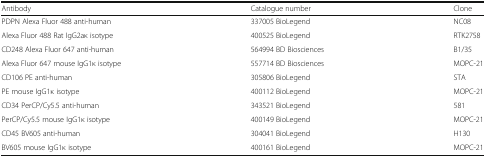
<table><thead><tr><td><b>Antibody</b></td><td><b>Catalogue number</b></td><td><b>Clone</b></td></tr></thead><tbody><tr><td>PDPN Alexa Fluor 488 anti-human</td><td>337005 BioLegend</td><td>NC08</td></tr><tr><td>Alexa Fluor 488 Rat IgG2aκ isotype</td><td>400525 BioLegend</td><td>RTK2758</td></tr><tr><td>CD248 Alexa Fluor 647 anti-human</td><td>564994 BD Biosciences</td><td>B1/35</td></tr><tr><td>Alexa Fluor 647 mouse IgG1κ isotype</td><td>557714 BD Biosciences</td><td>MOPC-21</td></tr><tr><td>CD106 PE anti-human</td><td>305806 BioLegend</td><td>STA</td></tr><tr><td>PE mouse IgG1κ isotype</td><td>400112 BioLegend</td><td>MOPC-21</td></tr><tr><td>CD34 PerCP/Cy5.5 anti-human</td><td>343521 BioLegend</td><td>581</td></tr><tr><td>PerCP/Cy5.5 mouse IgG1κ isotype</td><td>400149 BioLegend</td><td>MOPC-21</td></tr><tr><td>CD45 BV605 anti-human</td><td>304041 BioLegend</td><td>H130</td></tr><tr><td>BV605 mouse IgG1κ isotype</td><td>400161 BioLegend</td><td>MOPC-21</td></tr></tbody></table>